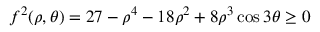
f ^ { 2 } ( \rho , \theta ) = 2 7 - \rho ^ { 4 } - 1 8 \rho ^ { 2 } + 8 \rho ^ { 3 } \cos 3 \theta \geq 0